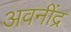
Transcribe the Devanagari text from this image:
अवनींद्र